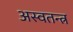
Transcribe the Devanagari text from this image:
अस्वतन्त्र